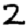
Digit: 2